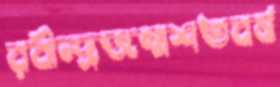
রবীন্দ্রজন্মশতবর্ষ